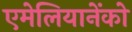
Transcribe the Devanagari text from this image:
एमेलियानेंको